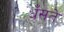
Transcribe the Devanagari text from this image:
धँसते